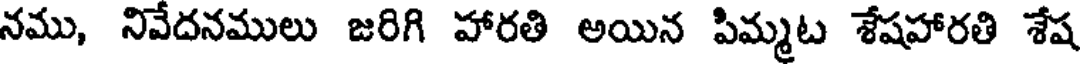
నము, నివేదనములు జరిగి హారతి అయిన పిమ్మట శేషహారతి శేష